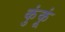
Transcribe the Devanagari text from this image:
कुंकूं